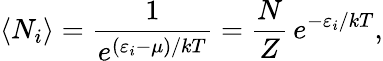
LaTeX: \langle N_{i}\rangle={\frac{1}{e^{(\varepsilon_{i}-\mu)/kT}}}={\frac{N}{Z}}\, e^{-\varepsilon_{i}/kT},